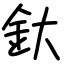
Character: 釱